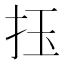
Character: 𢫛